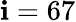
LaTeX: \mathbf{i}=67